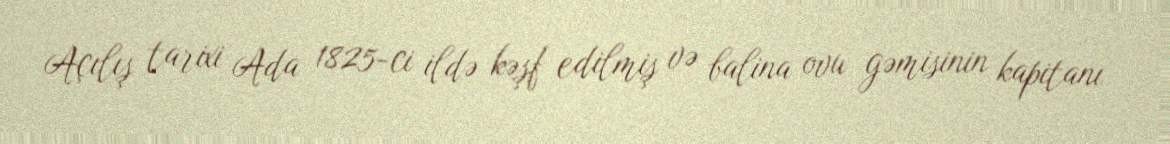
Açılış tarixi Ada 1825-ci ildə kəşf edilmiş və balina ovu gəmisinin kapitanı